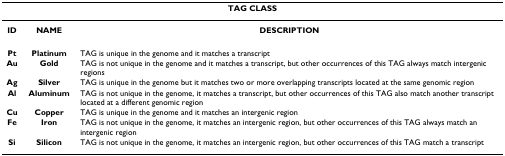
<table><thead><tr><td colspan="3"><b>TAG CLASS</b></td></tr></thead><tbody><tr><td><b>ID</b></td><td><b>NAME</b></td><td><b>DESCRIPTION</b></td></tr><tr><td><b>Pt</b></td><td><b>Platinum</b></td><td>TAG is unique in the genome and it matches a transcript</td></tr><tr><td><b>Au</b></td><td><b>Gold</b></td><td>TAG is not unique in the genome and it matches a transcript, but other occurrences of this TAG always match intergenic regions</td></tr><tr><td><b>Ag</b></td><td><b>Silver</b></td><td>TAG is unique in the genome but it matches two or more overlapping transcripts located at the same genomic region</td></tr><tr><td><b>Al</b></td><td><b>Aluminum</b></td><td>TAG is not unique in the genome, it matches a transcript, but other occurrences of this TAG also match another transcript located at a different genomic region</td></tr><tr><td><b>Cu</b></td><td><b>Copper</b></td><td>TAG is unique in the genome and it matches an intergenic region</td></tr><tr><td><b>Fe</b></td><td><b>Iron</b></td><td>TAG is not unique in the genome, it matches an intergenic region, but other occurrences of this TAG always match an intergenic region</td></tr><tr><td><b>Si</b></td><td><b>Silicon</b></td><td>TAG is not unique in the genome, it matches an intergenic region, but other occurrences of this TAG match a transcript</td></tr></tbody></table>